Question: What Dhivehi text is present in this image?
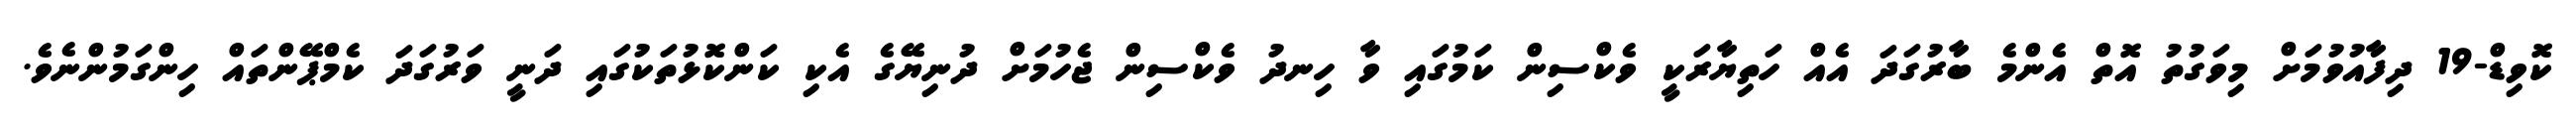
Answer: ކޮވިޑް-19 ދިފާއުވުމަށް މިވަގުތު އޮތް އެންމެ ބާރުގަދަ އެއް ހަތިޔާރަކީ ވެކްސިން ކަމުގައި ވާ ހިނދު ވެކްސިން ޖެހުމަށް ދުނިޔޭގެ އެކި ކަންކޮޅުތަކުގައި ދަނީ ވަރުގަދަ ކެމްޕޭންތައް ހިންގަމުންނެވެ.